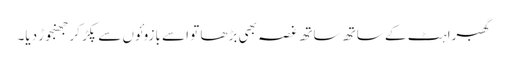
گھبراہٹ کے ساتھ ساتھ غصہ بھی بڑھا تو اسے بازوئوں سے پکڑ کر جھنجوڑ دیا۔